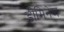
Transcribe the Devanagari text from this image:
डीमिनेज